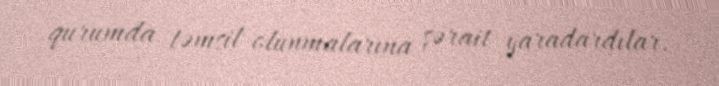
qurumda təmsil olunmalarına şərait yaradardılar.